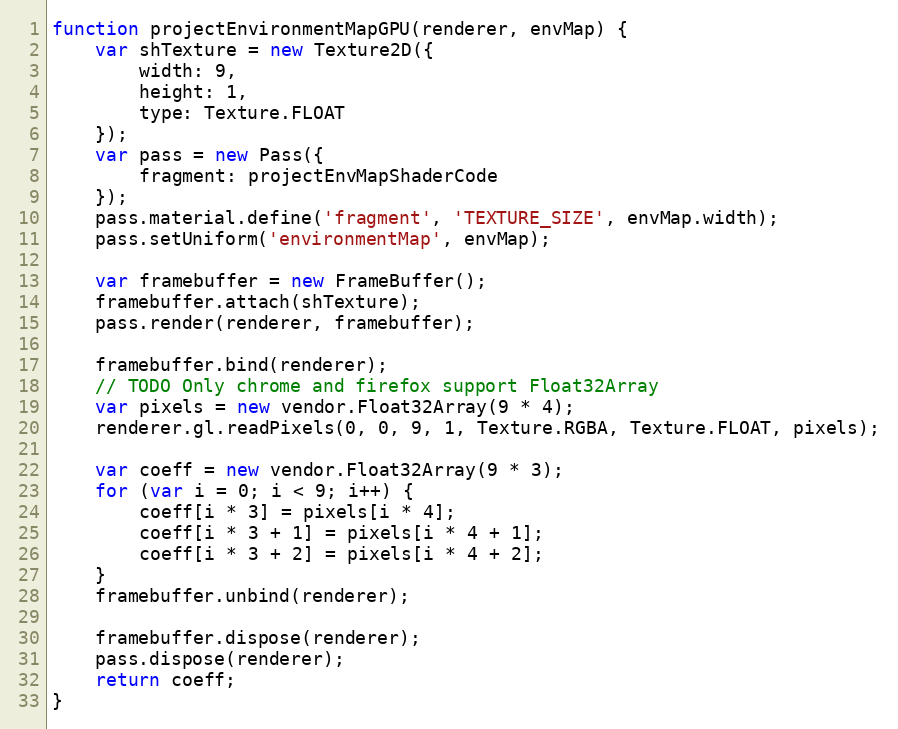
Language: JavaScript
function projectEnvironmentMapGPU(renderer, envMap) {
    var shTexture = new Texture2D({
        width: 9,
        height: 1,
        type: Texture.FLOAT
    });
    var pass = new Pass({
        fragment: projectEnvMapShaderCode
    });
    pass.material.define('fragment', 'TEXTURE_SIZE', envMap.width);
    pass.setUniform('environmentMap', envMap);

    var framebuffer = new FrameBuffer();
    framebuffer.attach(shTexture);
    pass.render(renderer, framebuffer);

    framebuffer.bind(renderer);
    // TODO Only chrome and firefox support Float32Array
    var pixels = new vendor.Float32Array(9 * 4);
    renderer.gl.readPixels(0, 0, 9, 1, Texture.RGBA, Texture.FLOAT, pixels);

    var coeff = new vendor.Float32Array(9 * 3);
    for (var i = 0; i < 9; i++) {
        coeff[i * 3] = pixels[i * 4];
        coeff[i * 3 + 1] = pixels[i * 4 + 1];
        coeff[i * 3 + 2] = pixels[i * 4 + 2];
    }
    framebuffer.unbind(renderer);

    framebuffer.dispose(renderer);
    pass.dispose(renderer);
    return coeff;
}